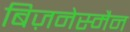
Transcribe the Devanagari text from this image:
बिज़नेस्मैन